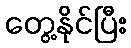
တွေ့နိုင်ပြီး